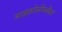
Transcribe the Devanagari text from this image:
माइक्रोसीक्वेंसर